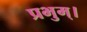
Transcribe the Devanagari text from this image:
प्रभुम्।